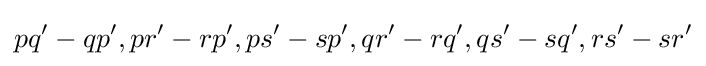
pq^{\prime }-qp^{\prime },pr^{\prime }-rp^{\prime },ps^{\prime }-sp^{\prime },qr^{\prime }-rq^{\prime },qs^{\prime }-sq^{\prime },rs^{\prime }-sr^{\prime }